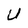
Character: U